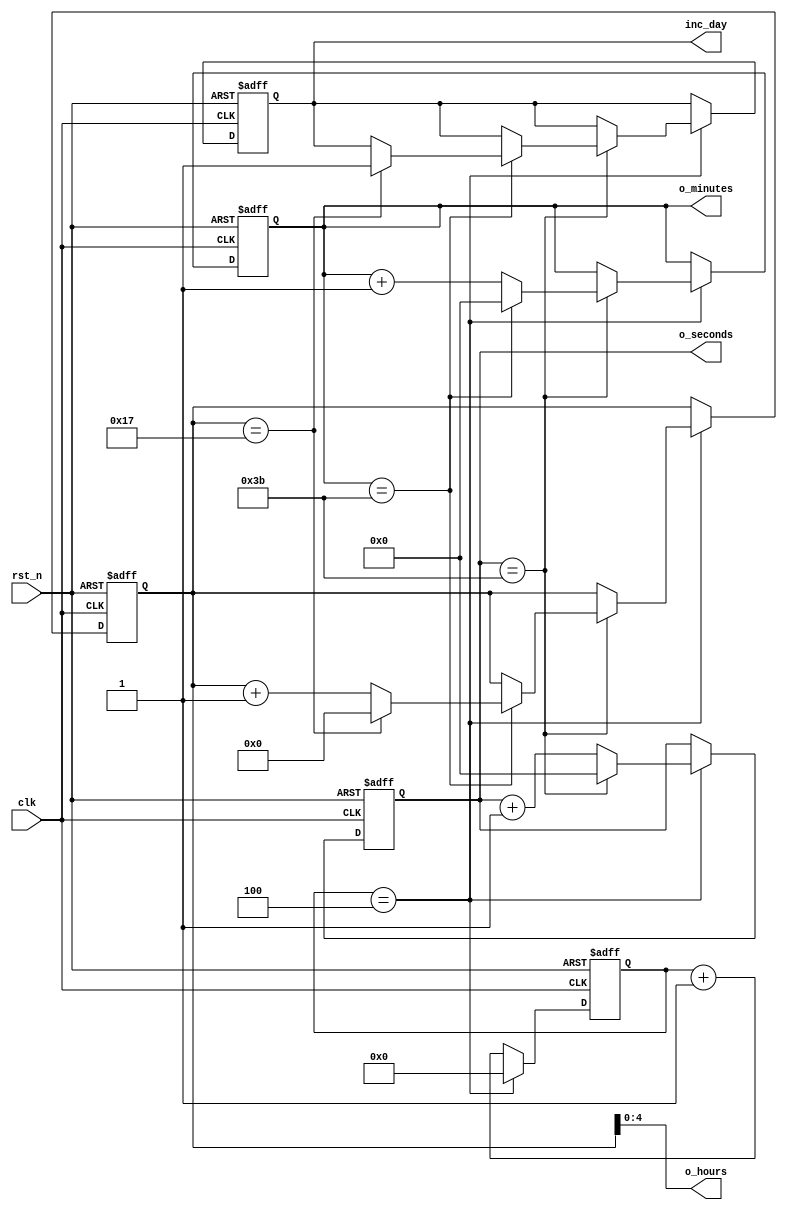
module timer
// Parameters section
#(
    parameter CLOCK_FREQ = 32'd5 // 50MHz frequency
)
// Ports section
(
    input        clk,
    input        rst_n,
    output [5:0] o_seconds,  // 0-59 seconds
    output [5:0] o_minutes,  // 0-59 minutes
    output [4:0] o_hours,     // 0-99 hours 
    output inc_day
);

  localparam ONE_SECOND = CLOCK_FREQ-1 ;  // (0-59 there are 60 clocks)

  // Internal logic 
  reg [ 5:0] seconds_cnt;  // 0-59 seconds
  reg [ 5:0] minutes_cnt;  // 0-59 minutes
  reg [ 6:0] hours_cnt;  // 0-99 hours (8'd99 is the maximum value possible on two 7seg digits)
  reg [31:0] counter_1sec;  // counts every clock cycle (max val is 2**32 > 4.2bln)
  reg inc_day_cnt;
  // Create the code for the Timer
  always @(posedge clk or negedge rst_n) begin
    if (!rst_n) begin
      counter_1sec <= 0;
      seconds_cnt  <= 0;
      minutes_cnt  <= 0;
      hours_cnt    <= 0;
      inc_day_cnt  <=0;
    end else begin
      if (counter_1sec == ONE_SECOND) begin
        counter_1sec <= 0;

        if (seconds_cnt == 6'd59) begin  // increment the seconds counter
          seconds_cnt <= 0;

          if (minutes_cnt == 6'd59) begin  // increment the minutes counter
            minutes_cnt <= 0;

            if (hours_cnt == 5'd23) begin    // increment the hours counter (will roll over after 99 hours)						
              hours_cnt <= 0;
              inc_day_cnt  <=1;
            end else begin
              hours_cnt <= hours_cnt + 1'b1;
            end

          end else begin
            minutes_cnt <= minutes_cnt + 1'b1;
          end

        end else begin
          seconds_cnt <= seconds_cnt + 1'b1;
        end

      end else begin
        counter_1sec <= counter_1sec + 1'b1;
      end
    end
  end

  assign o_seconds = seconds_cnt;
  assign o_minutes = minutes_cnt;
  assign o_hours   = hours_cnt;
  assign inc_day   = inc_day_cnt;
endmodule